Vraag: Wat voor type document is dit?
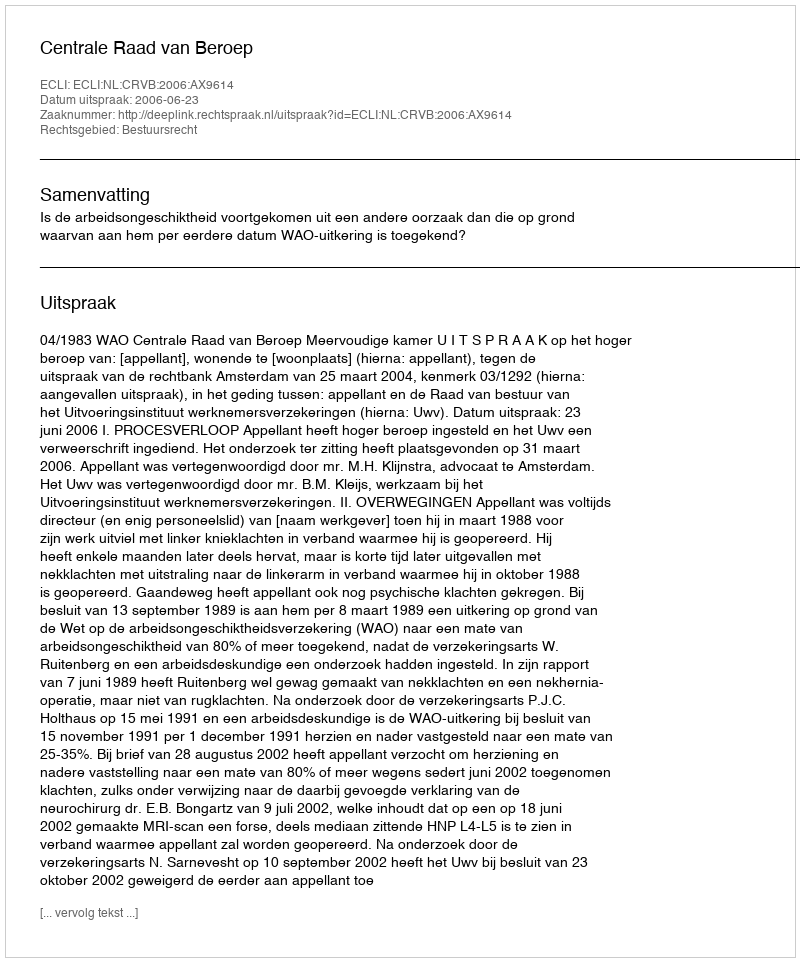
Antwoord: Uitspraak